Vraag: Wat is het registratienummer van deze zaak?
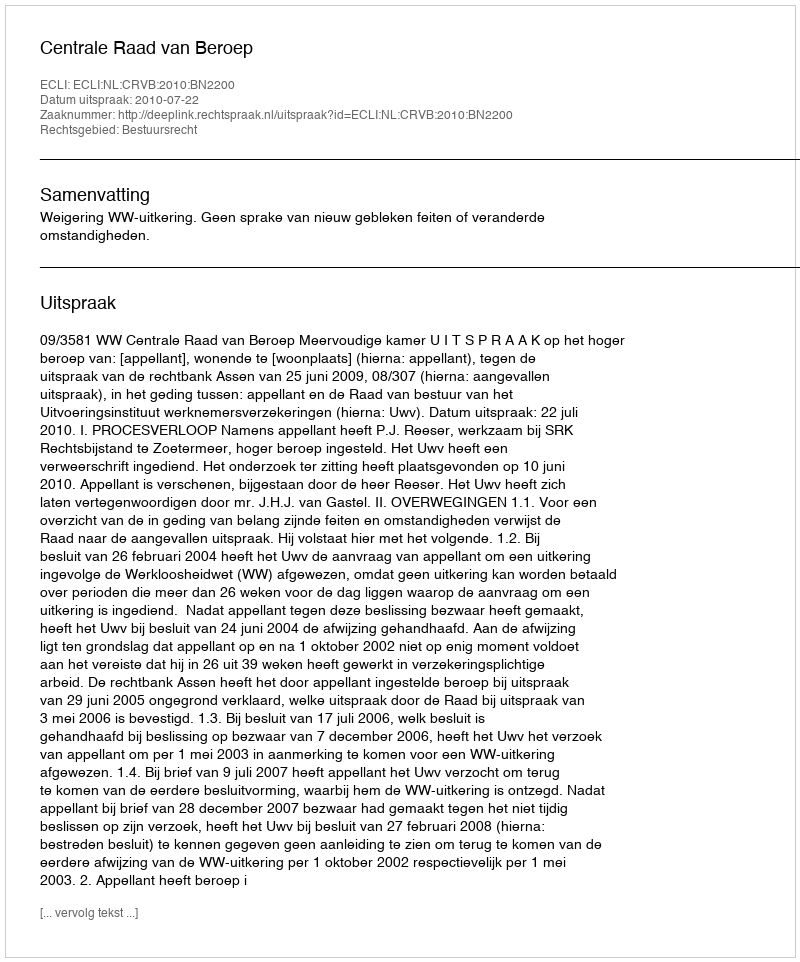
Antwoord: http://deeplink.rechtspraak.nl/uitspraak?id=ECLI:NL:CRVB:2010:BN2200